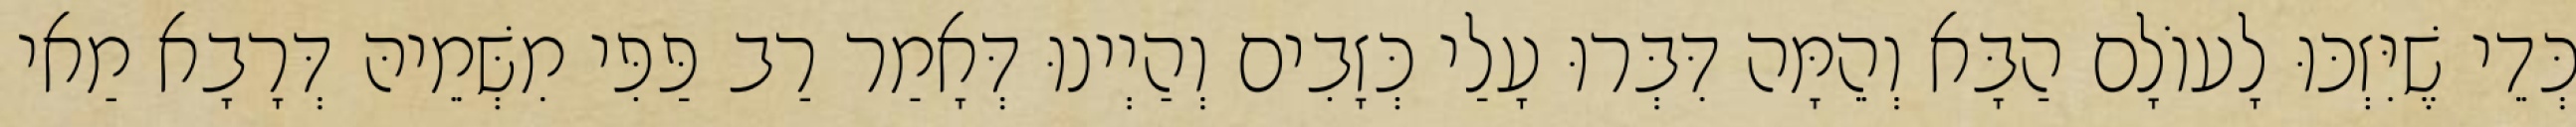
כְּדֵי שֶׁיִּזְכּוּ לָעוֹלָם הַבָּא וְהֵמָּה דִּבְּרוּ עָלַי כְּזָבִים וְהַיְינוּ דְּאָמַר רַב פַּפִּי מִשְּׁמֵיהּ דְּרָבָא מַאי